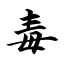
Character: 毒